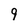
Character: 9